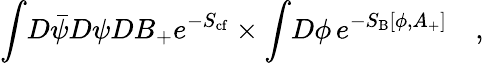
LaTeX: \int\! D\bar{\psi}D\psi DB_{+}e^{-S_{\mathrm{{cf}}}}\times\int\! D\phi\, e^{-S_{\mathrm{{B}}}[\phi,A_{+}]}\quad,